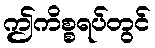
ဤကိစ္စရပ်တွင်